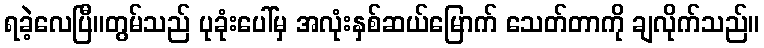
ရခဲ့လေပြီ။တွမ်သည် ပုခုံးပေါ်မှ အလုံးနှစ်ဆယ်မြောက် သေတ်တာကို ချလိုက်သည်။